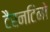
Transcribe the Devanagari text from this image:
टैरनटिनो